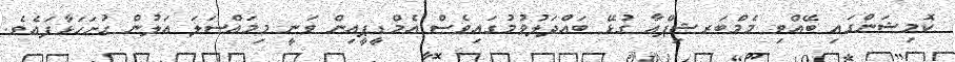
ކޮމިޝަންގައި ބޭއްވި މެމްބަރޝިޕްއާ ގުޅޭ ބައްދަލުވުމުގައިވެސް އެމްޑީޕީއިން ވަނީ މިމައްސަލަ އަލުން ހުށަހަޅާފައެވެ.